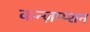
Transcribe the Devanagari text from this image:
कन्ज़म्प्शन